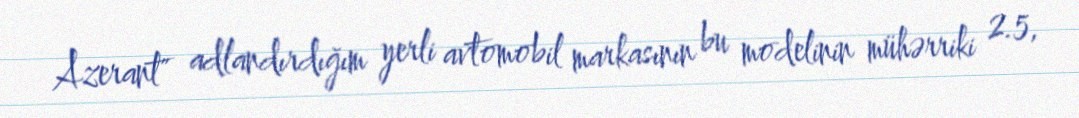
Azerant" adlandırdığım yerli avtomobil markasının bu modelinin mühərriki 2.5,